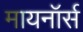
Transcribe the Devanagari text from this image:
मायनॉर्स